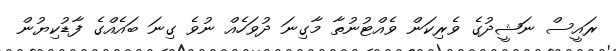
ރައީސް ނަޝީދުގެ ވެރިކަން ވެއްޓުނުތާ މާގިނަ ދުވަހެއް ނުވެ ގިނަ ބައެއްގެ ފާޑުކިޔުން